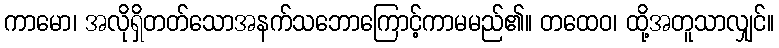
ကာမော၊ အလိုရှိတတ်သောအနက်သဘောကြောင့်ကာမမည်၏။ တထေဝ၊ ထို့အတူသာလျှင်။